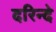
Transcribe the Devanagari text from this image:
दरिन्दे